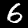
Digit: 6